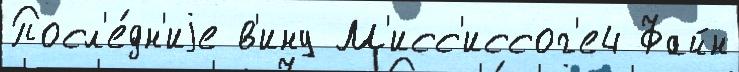
Посл'е́дн'иjе в'ину М'исс'иссог'е4 Файн